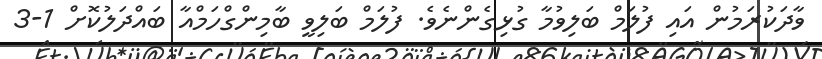
ވާދަކުރަމުން އައި ފުލަމް ބަލިވުމާ ގުޅިގެންނެވެ. ފުލަމް ބަލިވީ ބާމިންގްހަމްއާ ބައްދަލުކޮށް 1-3